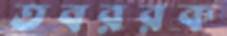
তবররক